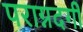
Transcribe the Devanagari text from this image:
पराग्नदगी